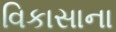
વિકાસાના